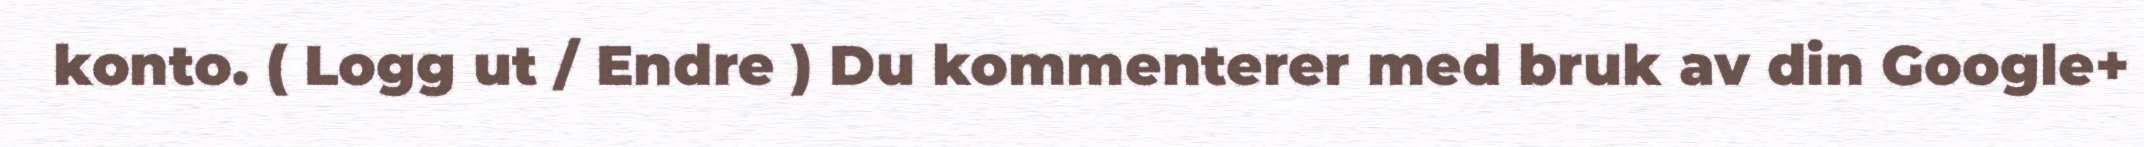
konto. ( Logg ut / Endre ) Du kommenterer med bruk av din Google+